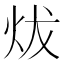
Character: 炦